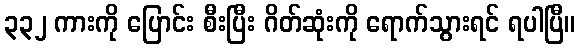
၃၃၂ ကားကို ပြောင်း စီးပြီး ဂိတ်ဆုံးကို ရောက်သွားရင် ရပါပြီ။